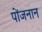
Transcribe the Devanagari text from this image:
पोंजनान